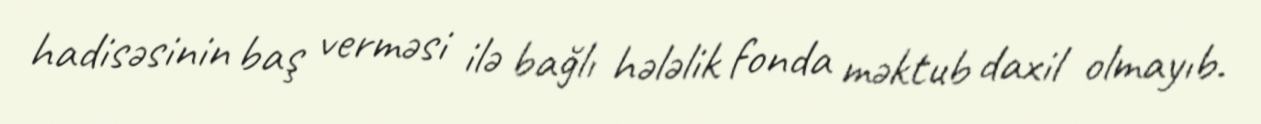
hadisəsinin baş verməsi ilə bağlı hələlik fonda məktub daxil olmayıb.